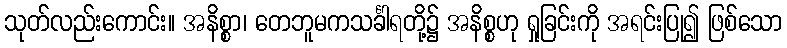
သုတ်လည်းကောင်း။ အနိစ္စာ၊ တေဘူမကသင်္ခါရတို့၌ အနိစ္စဟု ရှုခြင်းကို အရင်းပြု၍ ဖြစ်သော